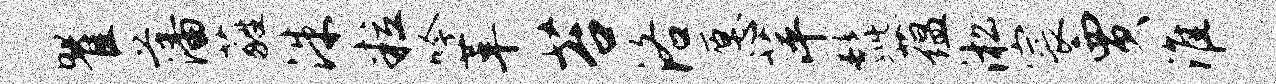
瞿藩蕤洙粒吟革苔洛愿萍髭蕴淞宸贾淮